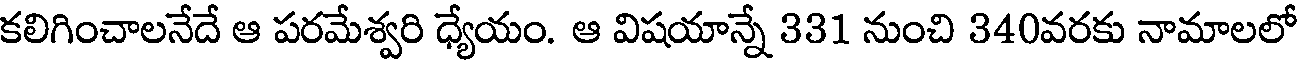
కలిగించాలనేదే ఆ పరమేశ్వరి ధ్యేయం. ఆ విషయాన్నే 331 నుంచి 340వరకు నామాలలో